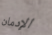
الإدمان